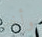
وأخر